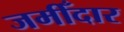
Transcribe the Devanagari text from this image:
जमीँदार